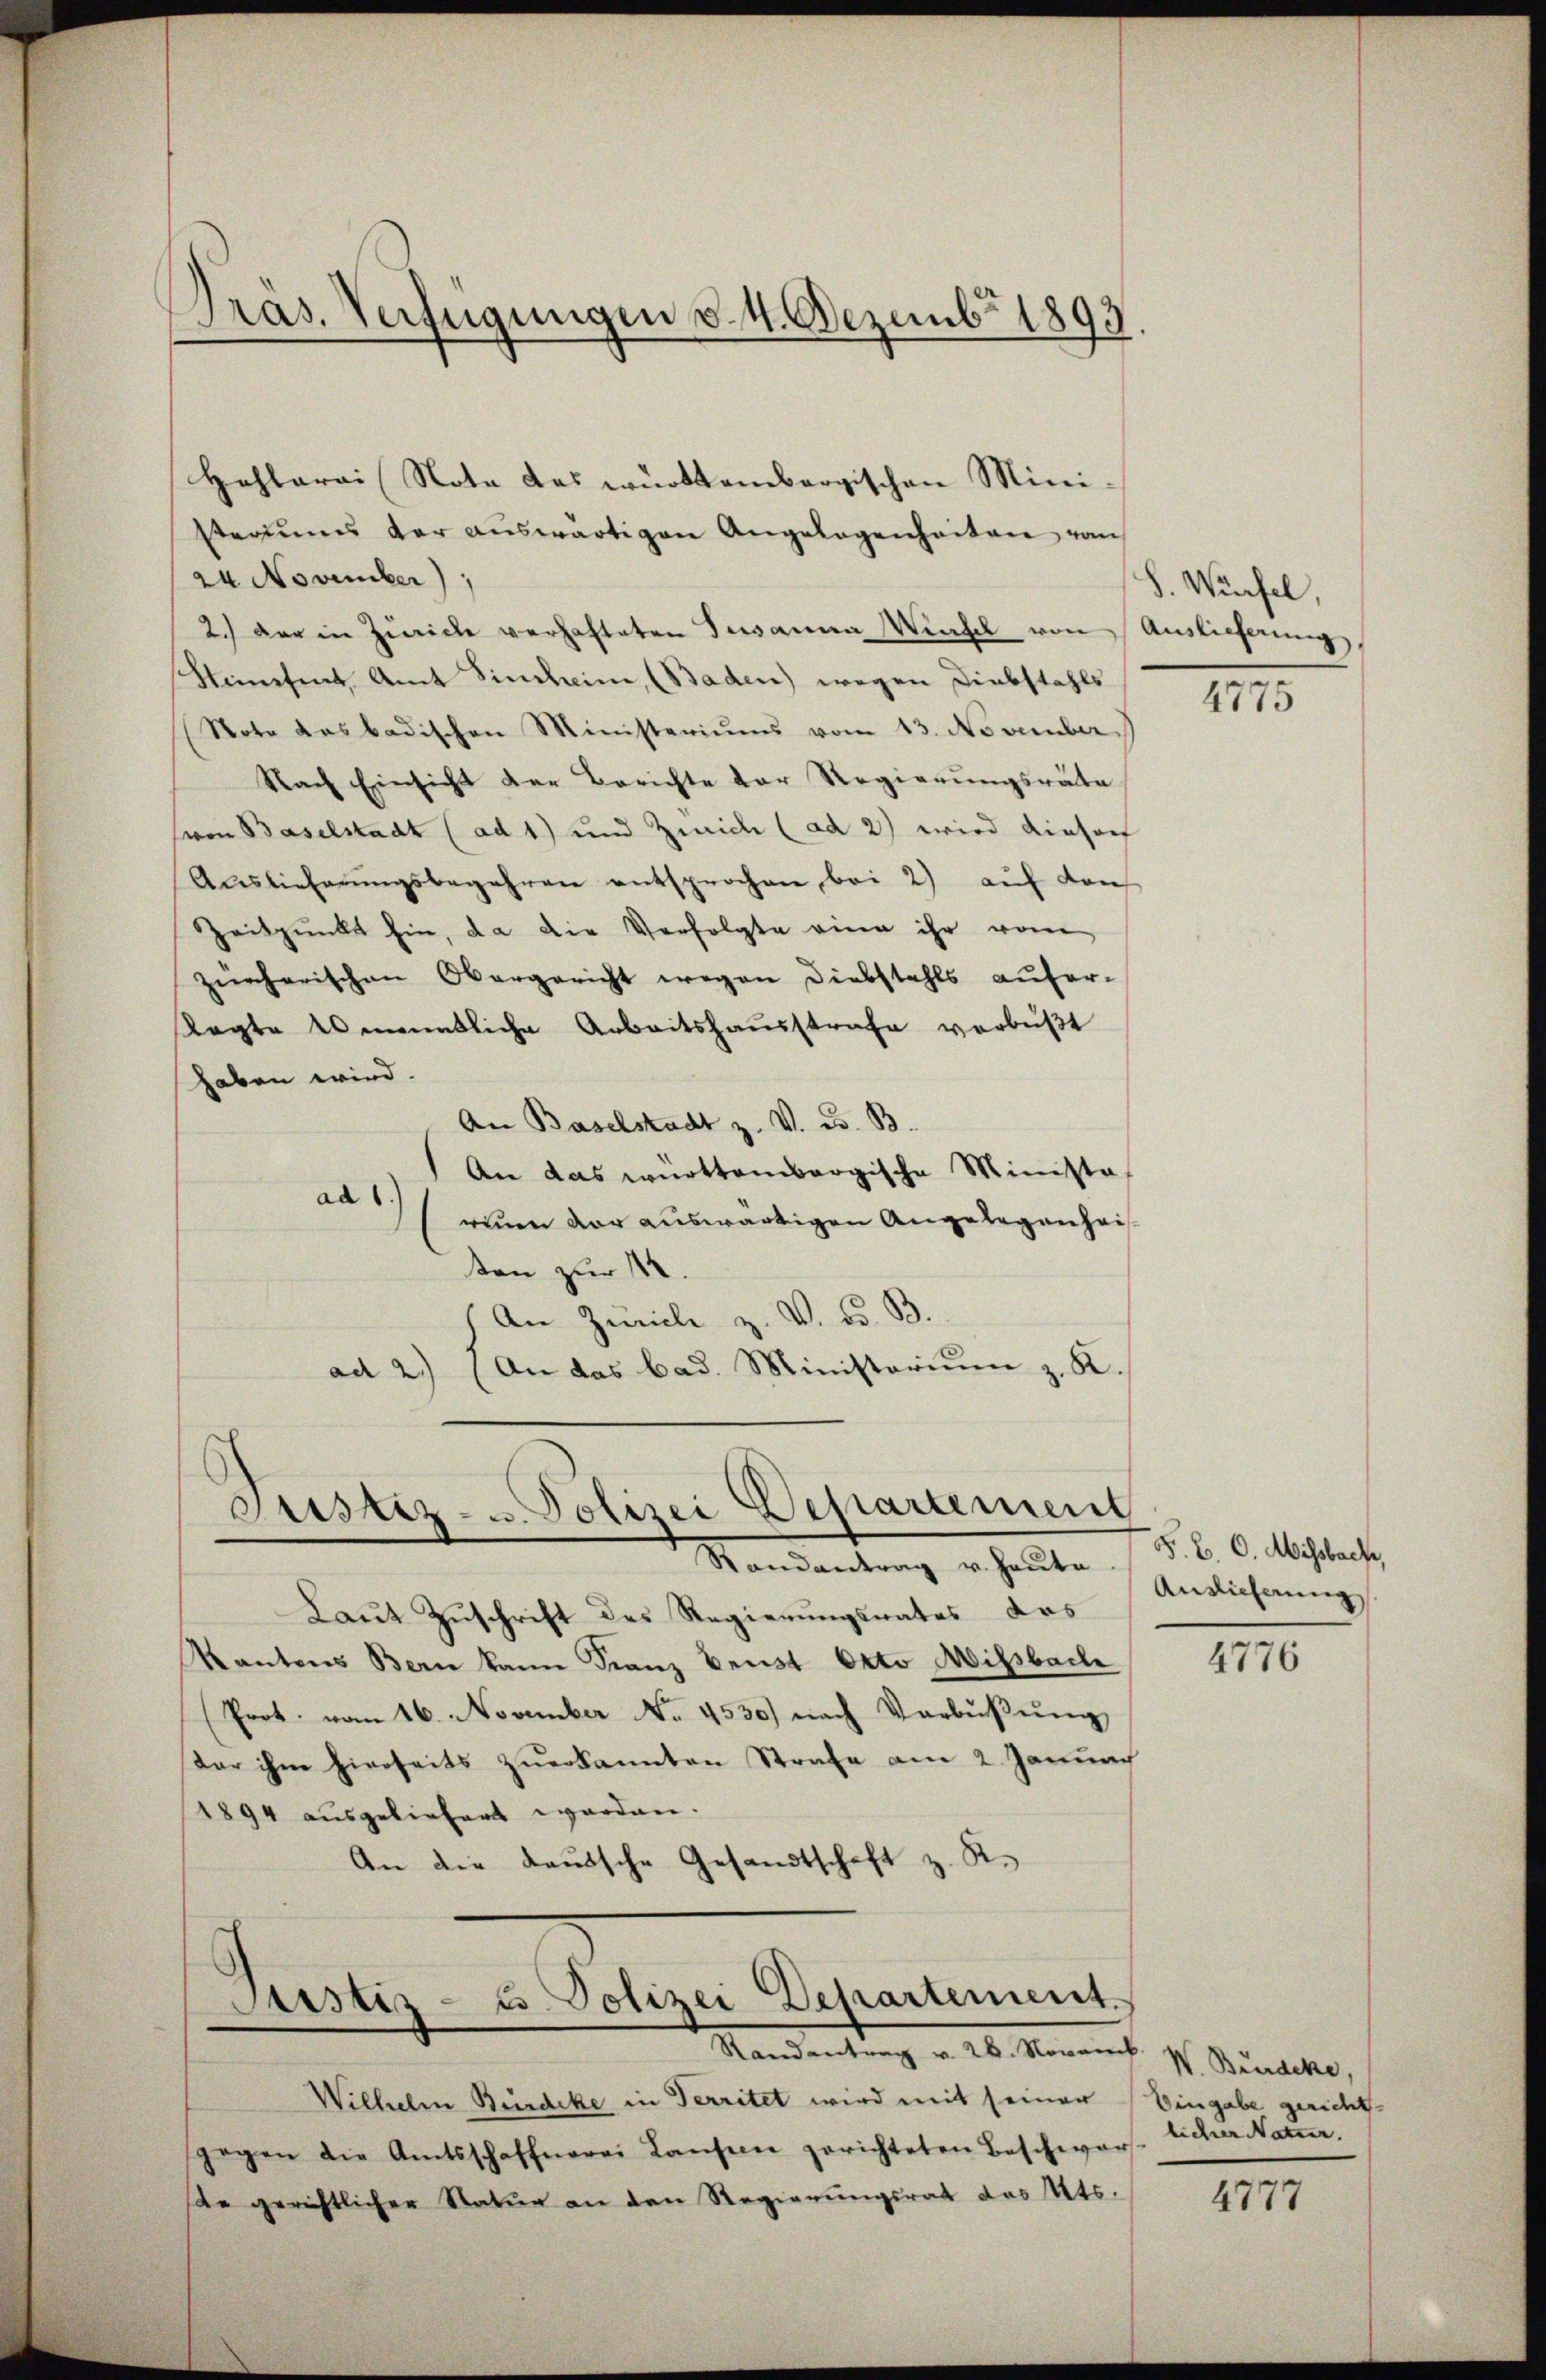
Präs. Verfügungen v. 4. Dezembr 1893.

Hohlarai Nota das württembergischen Mini-
steriums der auswärtigen Angelegenheiten vom
24. November)
2.) der in Zwicke verhafteten Susanna Wahl von Auslieferung,
Simetent Amt Einheim, (Baden) wegen Diebstahls
Note das badischen Ministeriums vom 13. November
Nach Einsicht der Berichte der Regierŭngsräte
Herrn Baselstadt (ad 1) und Zwicke (ad 2) wird diesorf
Auslieferŭngsbegehren entsprochen bei 2) auf den
Zeitpunkt hin, da die Verfolgte einen ihr vom
zürcherischen Obergericht wegen Diebstahls aufer-
Ragte kenntliche Arbeitshausstrafe verbüßt
haben wird.
An Baselstadt z. V. B. B.
An das württembergische Minista
ad 1.
rinen der auswärtigen Angelegenheis
ten zur 12.
An Zürich z. V. D. B.
ad 2.) (An das bad. Ministoriŭm z. K.

Justiz- u. Polizei Departement
Randantrag u. heŭte Auslieferung

Laut Zuschrift des Regierungsrates das
Kantons Bern kann Franz Brust Okto Wiesbach
(Prot. vom 16. November No. 4530) nach Verbüßung
Dar ihm hierseits zŭerkannten Strafe am 2. Januar
1894 ausgeliefert worden.
An die Lauische Gesandtschaft z. R.

Justiz- u. Polizei Departement.
Standentrag v. 26. Novemb. V. Benacke,

Wilhelm Bürdeke in Territet wird mit seiner
gegen die Amtsschaffnerei Lansion gerichteten Beschwar
ste gerichtlicher Natur an den Regierŭngsrat das Mts.

S. Würfel,

4775

F. B. C. Missbach,

4776

Eingabe gericht.
licher Natur.

4777